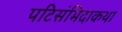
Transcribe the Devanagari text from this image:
पटिसंभिदाकथा